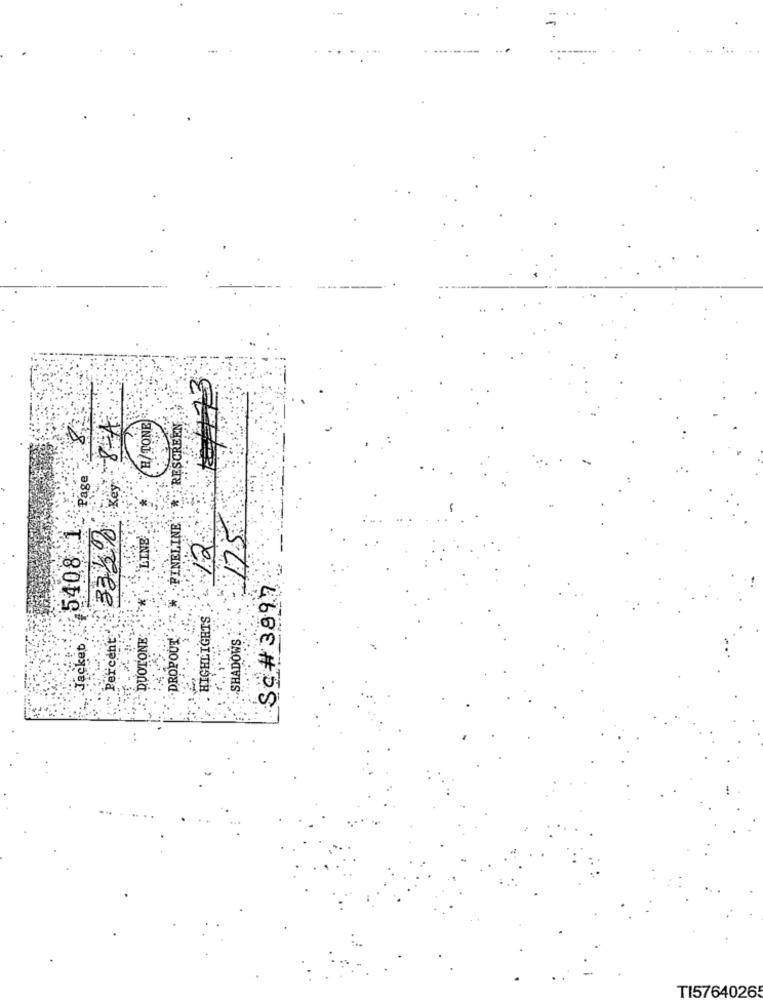
--
H/TONE
RESCREEN
Key 8
"Page
40408.11
. FINELINE'!"
332%
175
LINE
Sc # 3997
HIGHLIGHTS
Jacket
DUOTONE:
DROPOUT
SHADOWS
TI5764026